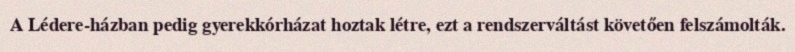
A Lédere-házban pedig gyerekkórházat hoztak létre, ezt a rendszerváltást követően felszámolták.